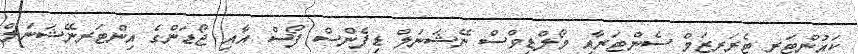
ކައުންޓަރ ޓެރަރިޒަމް ސެންޓަރާއި މޯލްޑިވްސް ނޭޝަނަލް ޑިފެންސް ފޯސް އާއި ޖޯޑަންގެ އިންޓަރނޭޝަނަލް